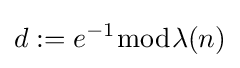
d:=e^{-1}{\bmod {\lambda }}(n)